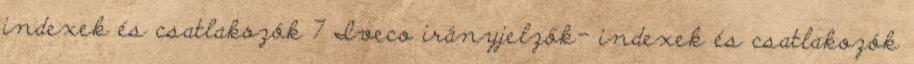
indexek és csatlakozók 7 Iveco irányjelzők- indexek és csatlakozók